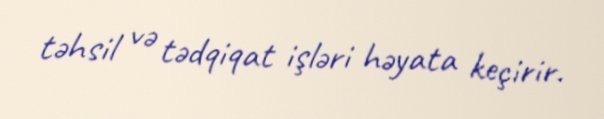
təhsil və tədqiqat işləri həyata keçirir.